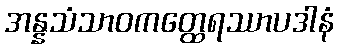
အန္နသံသာဝကတ္ထေရဿာပဒါနံ